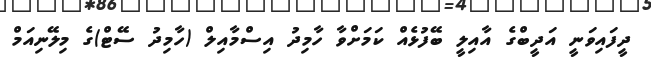
ދީފައިވަނީ އަދީބްގެ އާއިލީ ބޭފުޅެއް ކަމަށްވާ ހާމިދު އިސްމާއިލް (ހާމިދު ސޭޓް)ގެ މިލޭނިއަމް